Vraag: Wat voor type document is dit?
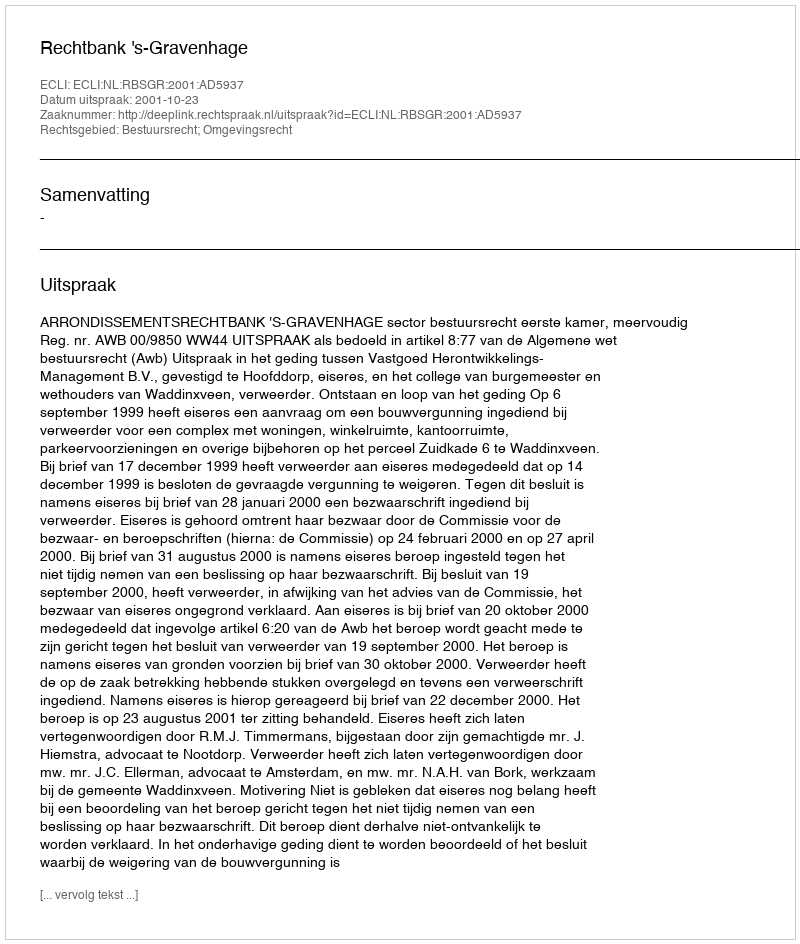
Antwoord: Uitspraak